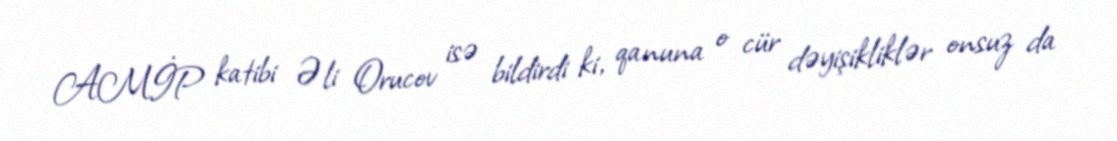
AMİP katibi Əli Orucov isə bildirdi ki, qanuna o cür dəyişikliklər onsuz da